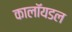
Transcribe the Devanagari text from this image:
कालॉयडल